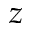
z